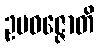
ဥပဝဇ္ဇောတိ